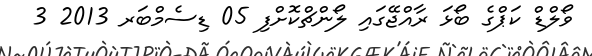
ވޯލްޑް ކަޕްގެ ބޯޅަ ރާއްޖޭގައި ލޯންޗްކޮށްފި 05 ޑިސެމްބަރ 2013 3